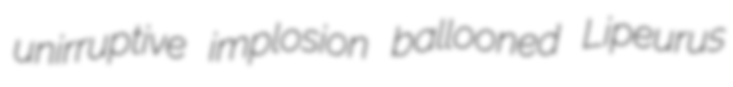
unirruptive implosion ballooned Lipeurus